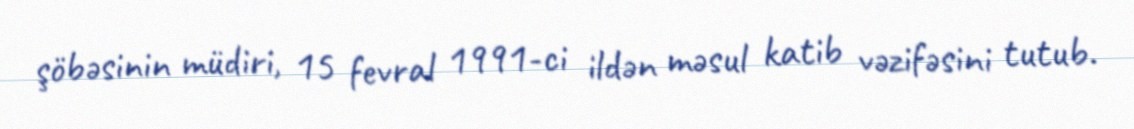
şöbəsinin müdiri, 15 fevral 1991-ci ildən məsul katib vəzifəsini tutub.